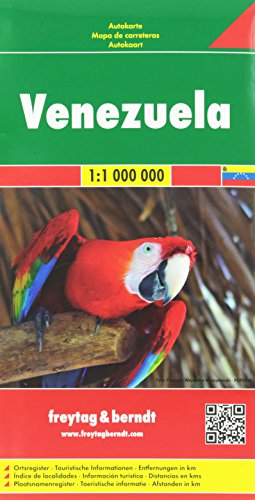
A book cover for Venezuela; Freytag-Berndt und Artaria; Travel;